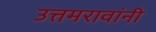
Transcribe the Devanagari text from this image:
उत्तमरावांनी